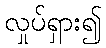
လှုပ်ရှား၍